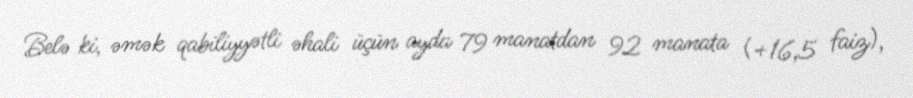
Belə ki, əmək qabiliyyətli əhali üçün ayda 79 manatdan 92 manata (+16,5 faiz),